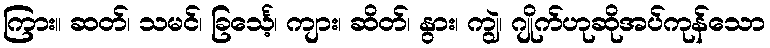
ကြား။ ဆတ်၊ သမင်၊ ခြင်္သေ့၊ ကျား၊ ဆိတ်၊ နွား၊ ကျွဲ၊ ဂျိုက်ဟုဆိုအပ်ကုန်သော